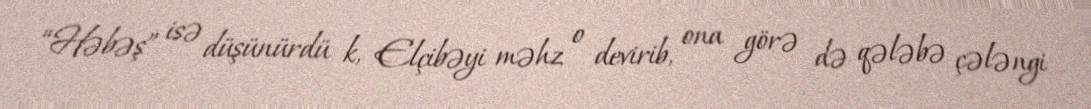
“Həbəş” isə düşünürdü k, Elçibəyi məhz o devirib, ona görə də qələbə çələngi